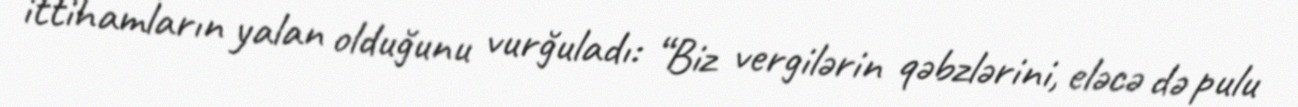
ittihamların yalan olduğunu vurğuladı: “Biz vergilərin qəbzlərini, eləcə də pulu